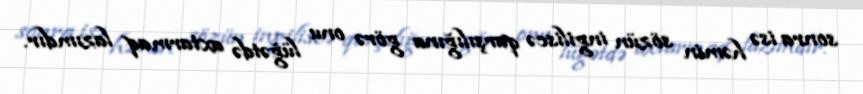
sonra isə həmin sözün ingiliscə qarşılığına görə onu lüğətdə axtarmaq lazımdır.